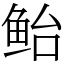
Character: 鲐